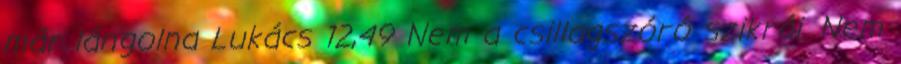
már lángolna Lukács 12,49 Nem a csillagszóró szikrái. Nem